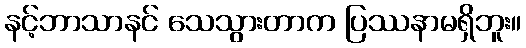
နင့်ဘာသာနင် သေသွားတာက ပြဿနာမရှိဘူး။